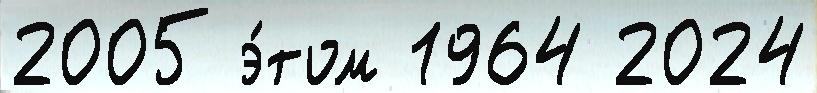
2005 э́том 1964 2024